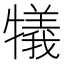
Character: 犠